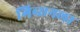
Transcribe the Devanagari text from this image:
गिब्सनला